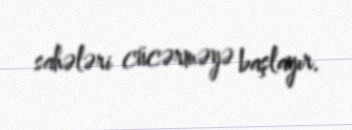
sahələri cücərməyə başlayır.